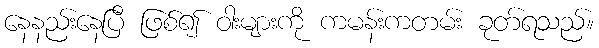
နေနည်းနေပြီ ဖြစ်၍ ဝါးများကို ကမန်းကတမ်း ခုတ်ရသည်။